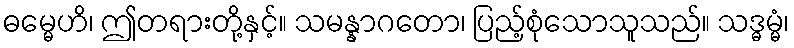
ဓမ္မေဟိ၊ ဤတရားတို့နှင့်။ သမန္နာဂတော၊ ပြည့်စုံသောသူသည်။ သဒ္ဓမ္မံ၊